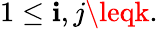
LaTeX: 1\leq\mathbf{i},j\leqk.